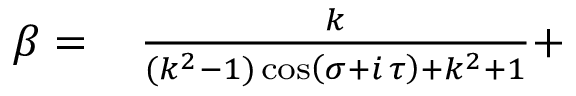
\begin{array} { r l } { \beta = \, } & { { } \frac { k } { ( k ^ { 2 } - 1 ) \cos \left( \sigma + i \, \tau \right) + k ^ { 2 } + 1 } + } \end{array}